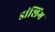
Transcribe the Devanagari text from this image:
डांशिंग